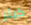
كيلر